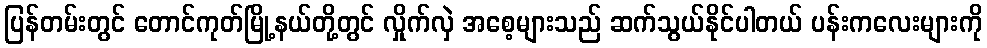
ပြန်တမ်းတွင် တောင်ကုတ်မြို့နယ်တို့တွင် လှိုက်လှဲ အစေ့များသည် ဆက်သွယ်နိုင်ပါတယ် ပန်းကလေးများကို